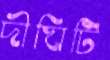
দীঘিটি